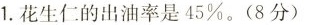
1.花生仁的出油率是45%。(8分)